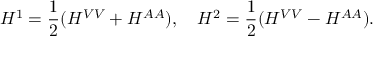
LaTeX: H ^ { 1 } = \frac 1 2 ( H ^ { V V } + H ^ { A A } ) , \quad H ^ { 2 } = \frac 1 2 ( H ^ { V V } - H ^ { A A } ) .